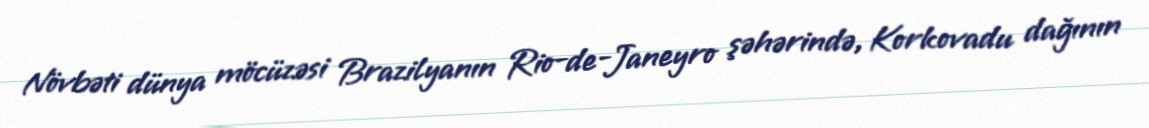
Növbəti dünya möcüzəsi Brazilyanın Rio-de-Janeyro şəhərində, Korkovadu dağının